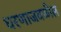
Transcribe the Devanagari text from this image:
धरणाजवळील